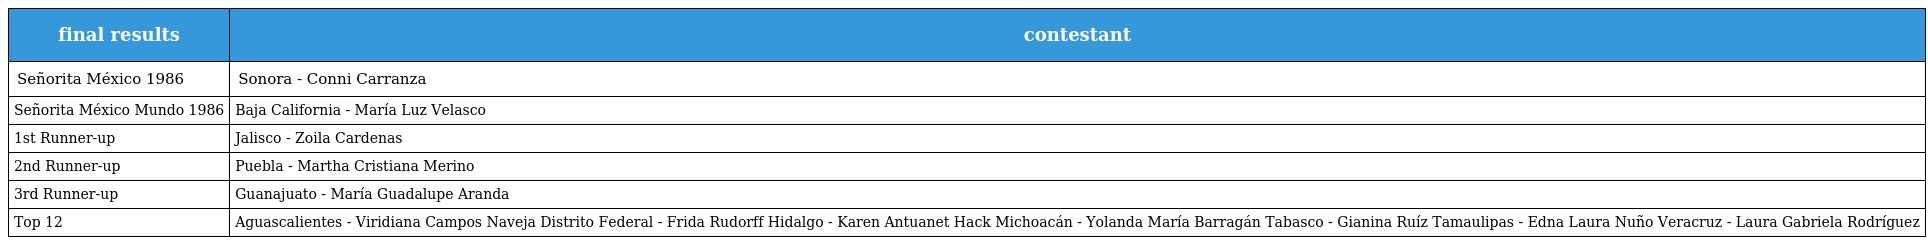
| final results | contestant |
 | --- | --- |
 | Señorita México 1986 | Sonora - Conni Carranza |
 | Señorita México Mundo 1986 | Baja California - María Luz Velasco |
 | 1st Runner-up | Jalisco - Zoila Cardenas |
 | 2nd Runner-up | Puebla - Martha Cristiana Merino |
 | 3rd Runner-up | Guanajuato - María Guadalupe Aranda |
 | Top 12 | Aguascalientes - Viridiana Campos Naveja Distrito Federal - Frida Rudorff Hidalgo - Karen Antuanet Hack Michoacán - Yolanda María Barragán Tabasco - Gianina Ruíz Tamaulipas - Edna Laura Nuño Veracruz - Laura Gabriela Rodríguez |